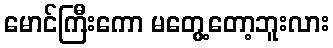
မောင်ကြီးကော မတွေ့တော့ဘူးလား